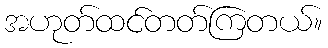
အဟုတ်ထင်တတ်ကြတယ်။